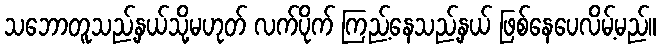
သဘောတူသည့်နှယ်သို့မဟုတ် လက်ပိုက် ကြည့်နေသည့်နှယ် ဖြစ်နေပေလိမ့်မည်။